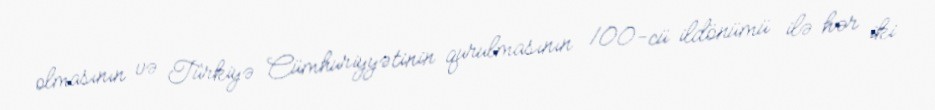
olmasının və Türkiyə Cümhuriyyətinin qurulmasının 100-cü ildönümü ilə hər iki